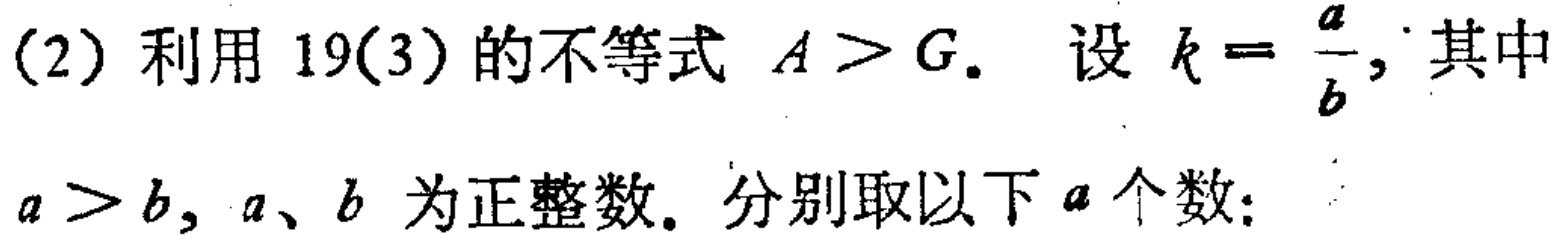
(2) 利用 19(3) 的不等式 \(A > G\). 设 \(k = \frac{a}{b}\), 其中 \(a > b\), \(a、b\) 为正整数. 分别取以下 \(a\) 个数: